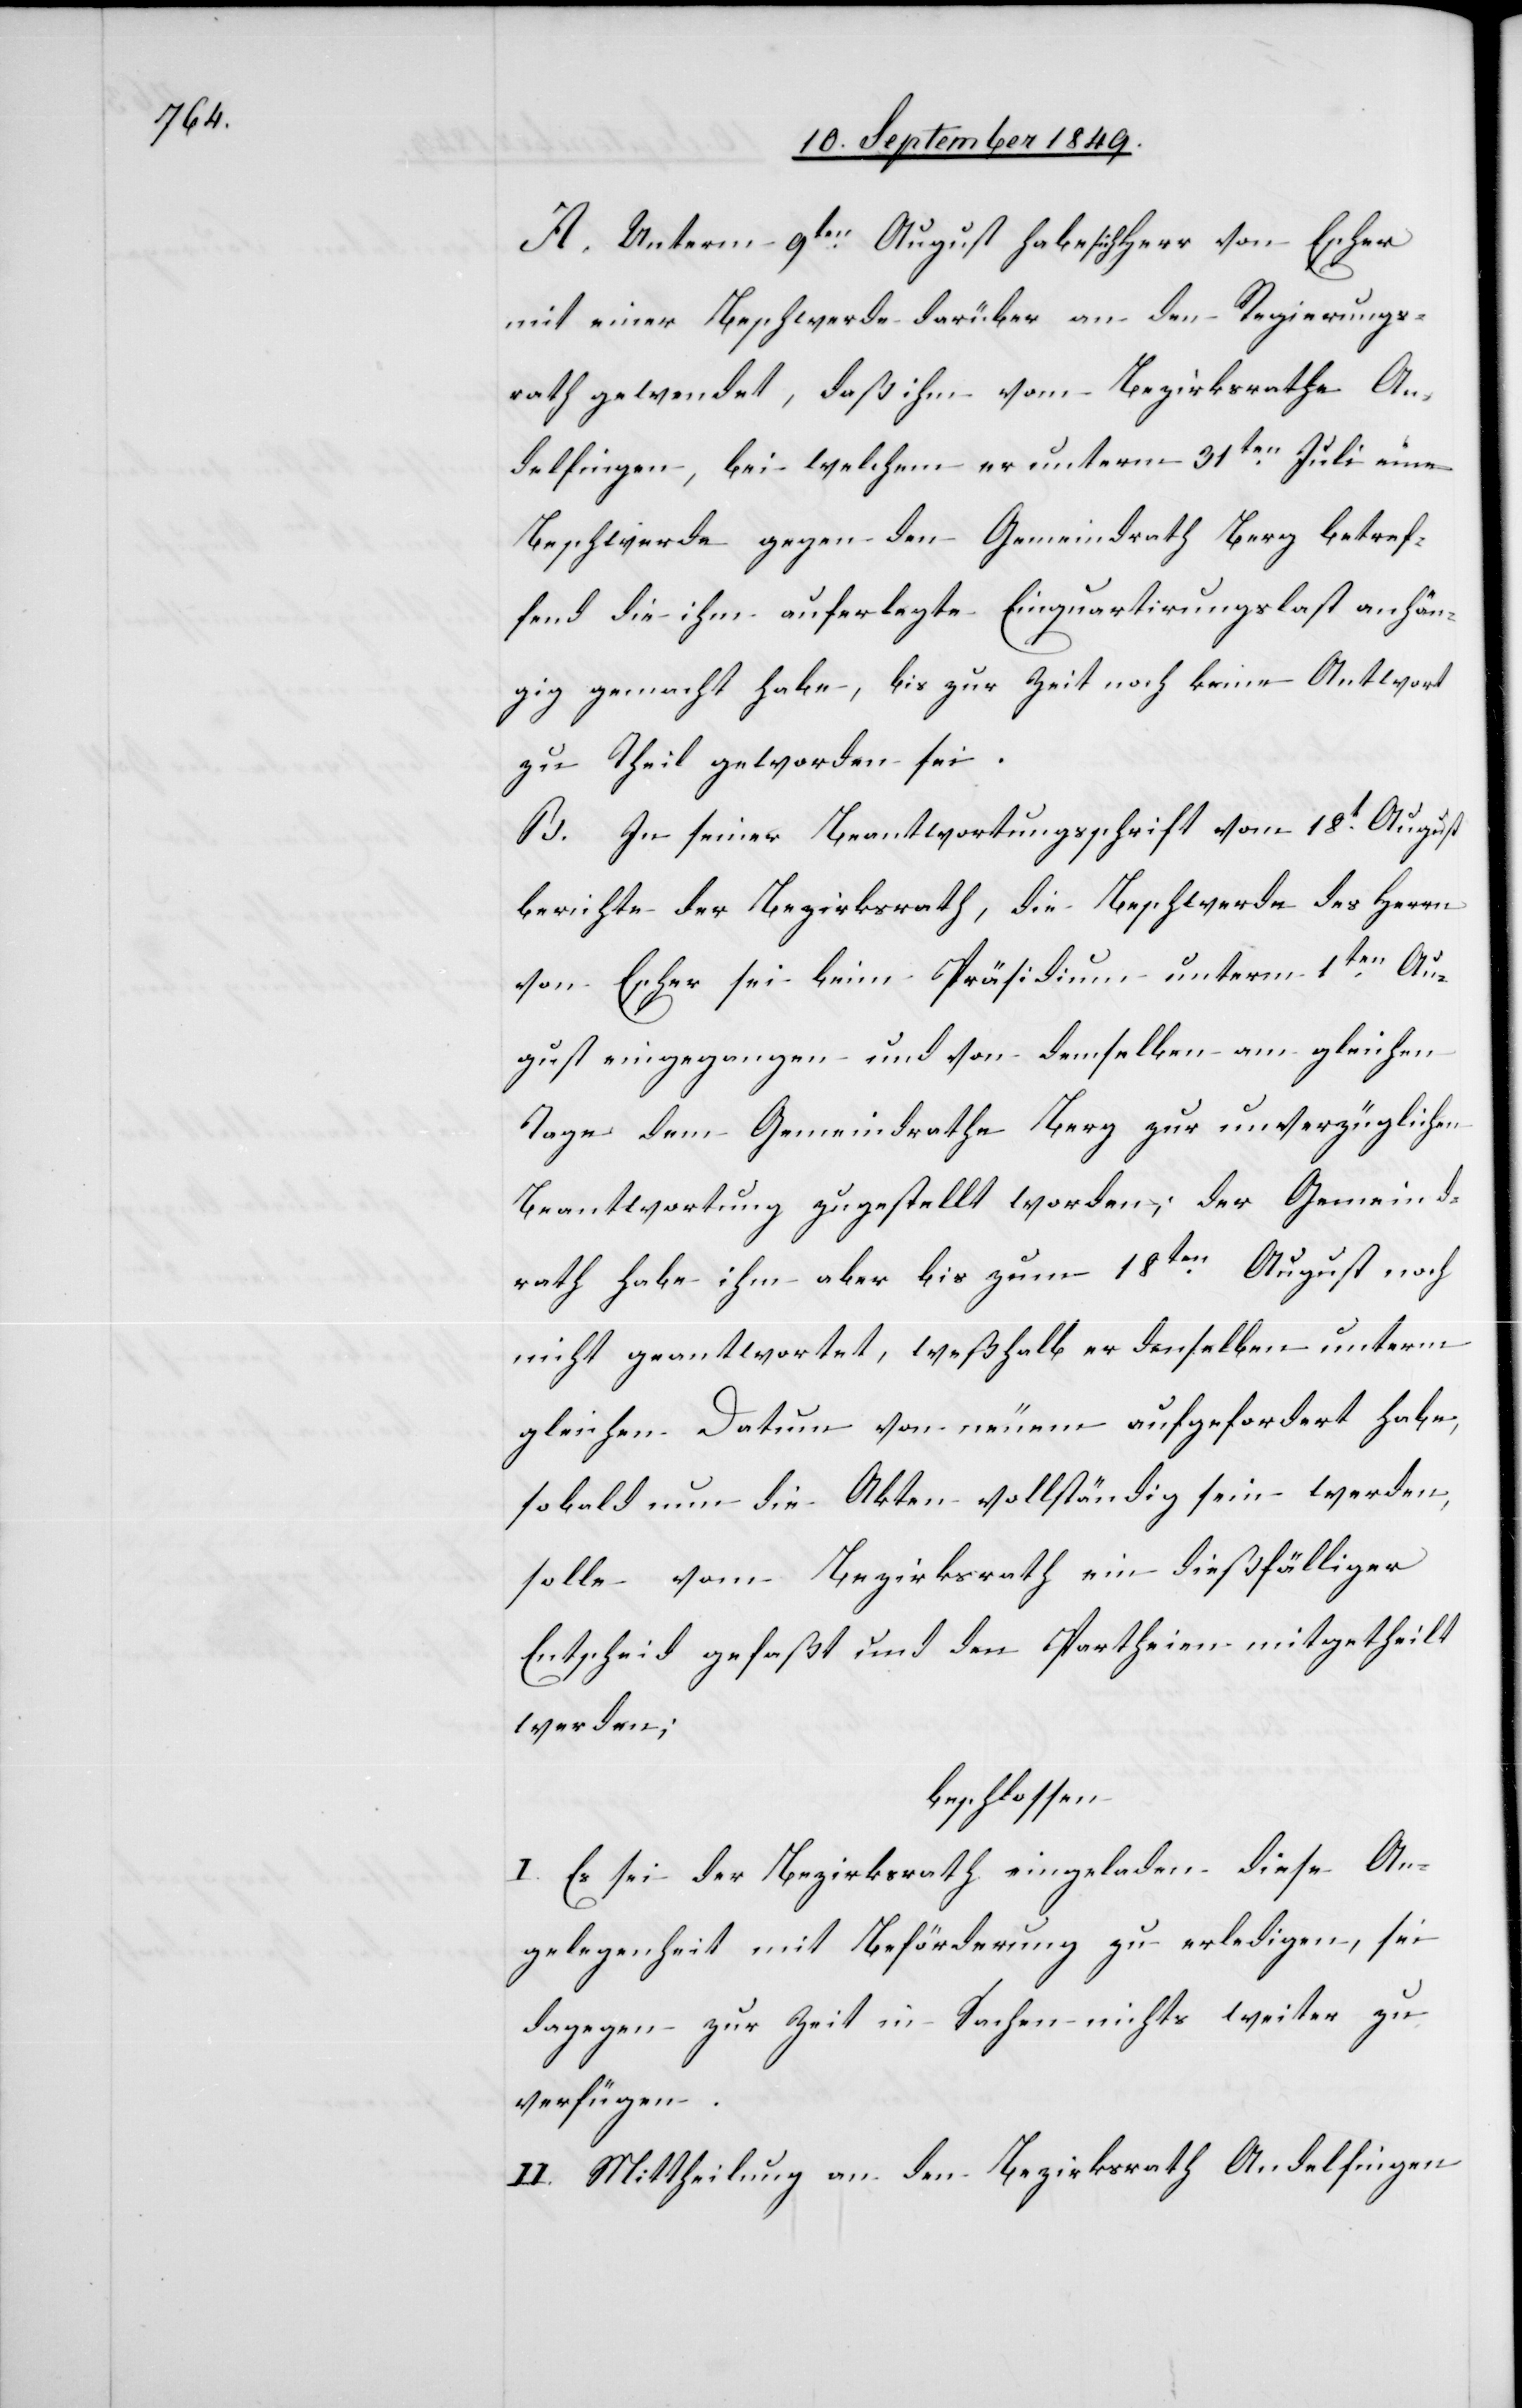
A. Unterm 9ten August habe sich Herr von Escher
mit einer Beschwerde darüber an den Regierungs¬
rath gewendet, daß ihm vom Bezirksrathe An¬
delfingen, bei welchem er unterm 31ten Juli eine
Beschwerde gegen den Gemeindrath Berg betref¬
fend die ihm auferlegte Einquartirungslast anhän¬
gig gemacht habe, bis zur Zeit noch keine Antwort
zu Theil geworden sei.
B. In seiner Beantwortungsschrift vom 18t August
berichte der Bezirksrath, die Beschwerde des Herrn
von Escher sei beim Präsidium unterm 1ten Au¬
gust eingegangen und von demselben am gleichen
Tage dem Gemeindrathe Berg zur unverzüglichen
Beantwortung zugestellt worden, der Gemeind¬
rath habe ihm aber bis zum 18ten August noch
nicht geantwortet, weßhalb er denselben unterm
gleichen Datum von neuem aufgefordert habe,
sobald nun die Akten vollständig sein werden,
solle vom Bezirksrath ein dießfälliger
Entscheid gefaßt und den Partheien mitgetheilt
werden;
beschlossen:
I. Es sei der Bezirksrath eingeladen diese An¬
gelegenheit mit Beförderung zu erledigen, sei
dagegen zur Zeit in Sachen nichts weiter zu
verfügen.
II. Mittheilung an den Bezirksrath Andelfingen